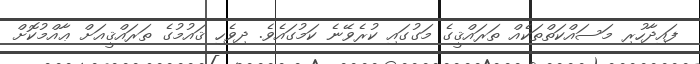
ފައިދާހުރި މަސައްކަތްތަކެއް ތަރައްޤީގެ މަގުގައި ކުރެވޭނެ ކަމުގައެވެ. ދިވެހި ޤައުމުގެ ތަރައްޤީއަށް ޢާއްމުކޮށް